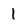
Character: 1